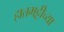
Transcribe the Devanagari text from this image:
हातभट्टीच्या